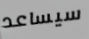
سيساعد